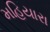
મહિયારા